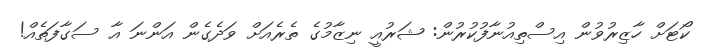
ކޯޓަށް ހާޒިރުވުން އިސްތިއުނާފުކުރުން: ޝަރުއީ ނިޒާމުގެ ތެރެއަށް ވަދެގެން އަންނަ އާ ސަގާފަތެއް!